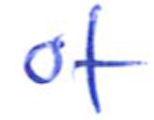
Text: of
Cross-out: clean
Writing tool: ballpoint